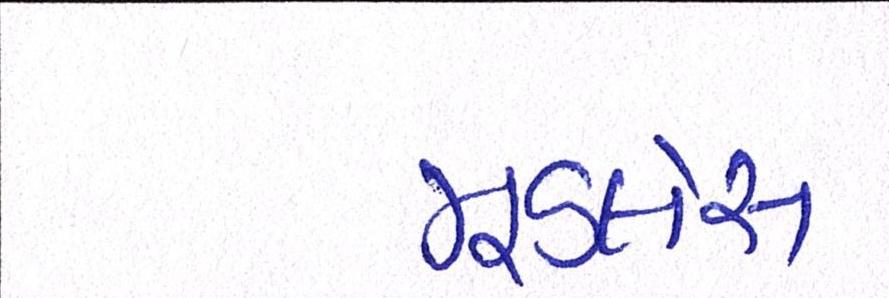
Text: મૂડલેસ